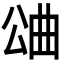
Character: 𣌶